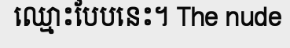
ឈ្មោះបែបនេះ។ The nude